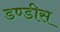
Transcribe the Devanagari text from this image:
डण्डीस